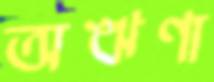
অঋণা